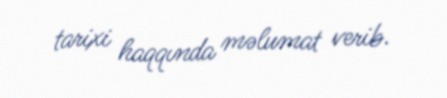
tarixi haqqında məlumat verib.